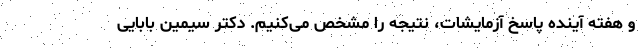
و هفته آینده پاسخ آزمایشات، نتیجه را مشخص می‌کنیم. دکتر سیمین بابایی